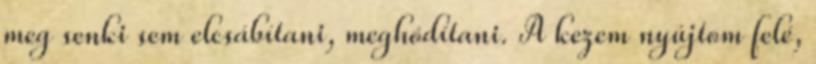
meg senki sem elcsábítani, meghódítani. A kezem nyújtom felé,